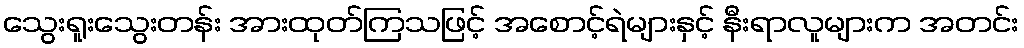
သွေးရူးသွေးတန်း အားထုတ်ကြသဖြင့် အစောင့်ရဲများနှင့် နီးရာလူများက အတင်း